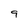
Character: 9